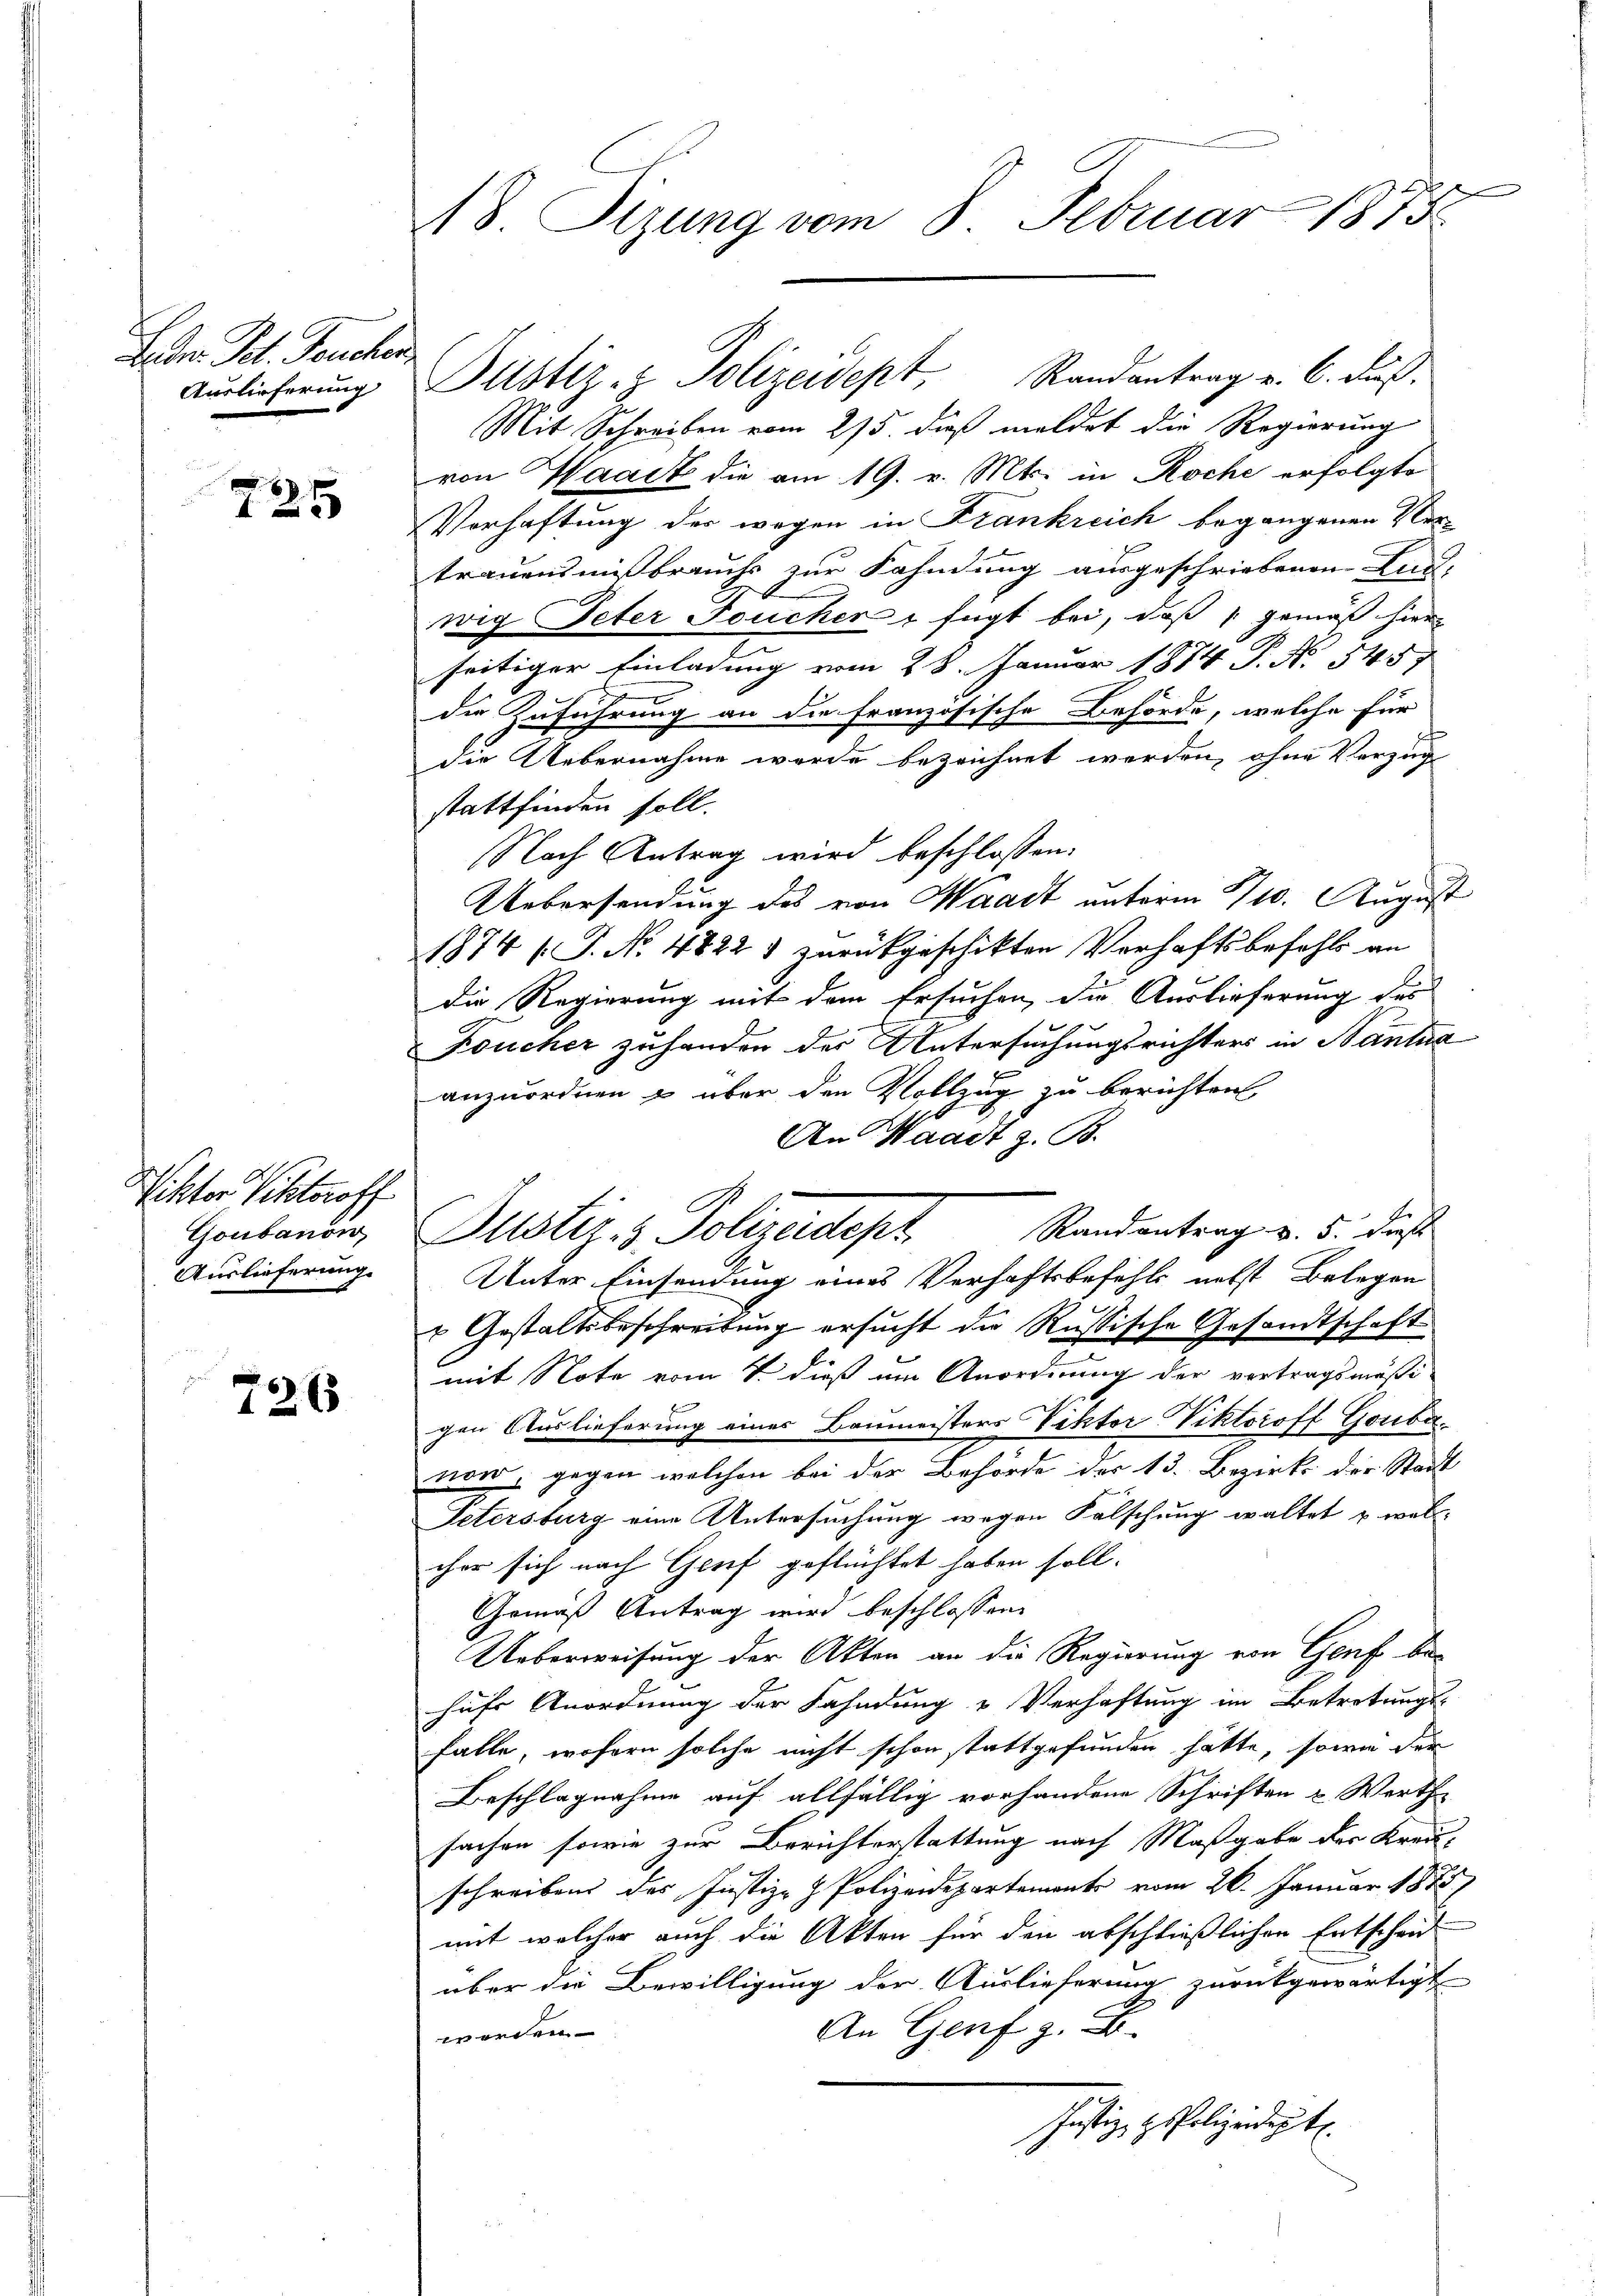
Gen. Sol. Feuchen

25

Viktor Schtoroff
Goubanow,
Auslieferung.

7265

Auslieferŭng Altstiz- & Polizeidept, Randantrag u. 6. dieß.
Mit Schreiben vom 215. dieß meldet die Regierung
von Waadt die am 19. v. Mts. in Roche erfolgte
Vorhaftung des wegen in Frankreich begangenen Vertrauensmißbrauchs zur Fahndung ausgeschriebenen And
wig Peter Fouchen u fügt bei, daß gemäß hiern
seitiger Einladung vom 28. Januar 1874 P. N. 5457
die Zuführung an die französische Behörde, welche für
die Uebernahme wurde bezeichnet werden, ohne Vorzug
stattfinden soll.
Nach Antrag wird beschlossen:
Uebersendung des von Waadt anterm 10. August
1874 (T. No. 4822 & zurükgeschikten Verhaftsbefehls an
die Regierung mit dem Ersuchen, die Auslieferung des
Foucher zuhanden der Untersuchungsrichters in Bantna
anzuordnen & über den Vollzug zu berichten
An Waadt z. B.
Randantrag v. 5. dieß
Pustiz- & Polizeidept
Unter Einsendung eines Verhaftsbefehls nebst Belegen
 Gestaltsbeschreibung ersucht die Russische Gesandtschaft
mit Note vom 1. dieß um Anordnung der vortragsmäßi-
gen Auslieferung eines Baumeisters Viktor Viktoroff Goribuvon, gegen welchen bei der Behörde des 13. Bezirks der Stadt
Petersburg eine Untersuchung wegen Fälschung waltet u. welcher sich nach Genf geflüchtet haben soll.
Gemäß Antrag wird beschlossen:
Ueberweisung der Akten an die Regierung von Genf behuhr Anordnung der Fahndung u Verhaftung im Betretungs-
falle, wofern solche nicht schon stattgefunden hätte, sowie der
Beschlagnahme auf allfällig vorhandene Schriften u Werthe
sachen sowie zur Berichterstattung nach Maßgabe der Kreis-
schreiben des Justiz- & Polizeidepartements vom 26. Januar 1888)
mit welcher auch die Akten für den abschließlichen Entscheid
über die Bewilligung der Auslieferung zurückgewärtigt
An Genf z. B.
worden.
Justiz gspolizeidigt.

A8. Sizung vom 8. Februar 1875